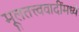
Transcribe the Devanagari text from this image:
मूलतत्त्ववादींमध्ये